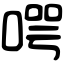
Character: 㗁